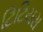
ટિટિયસ